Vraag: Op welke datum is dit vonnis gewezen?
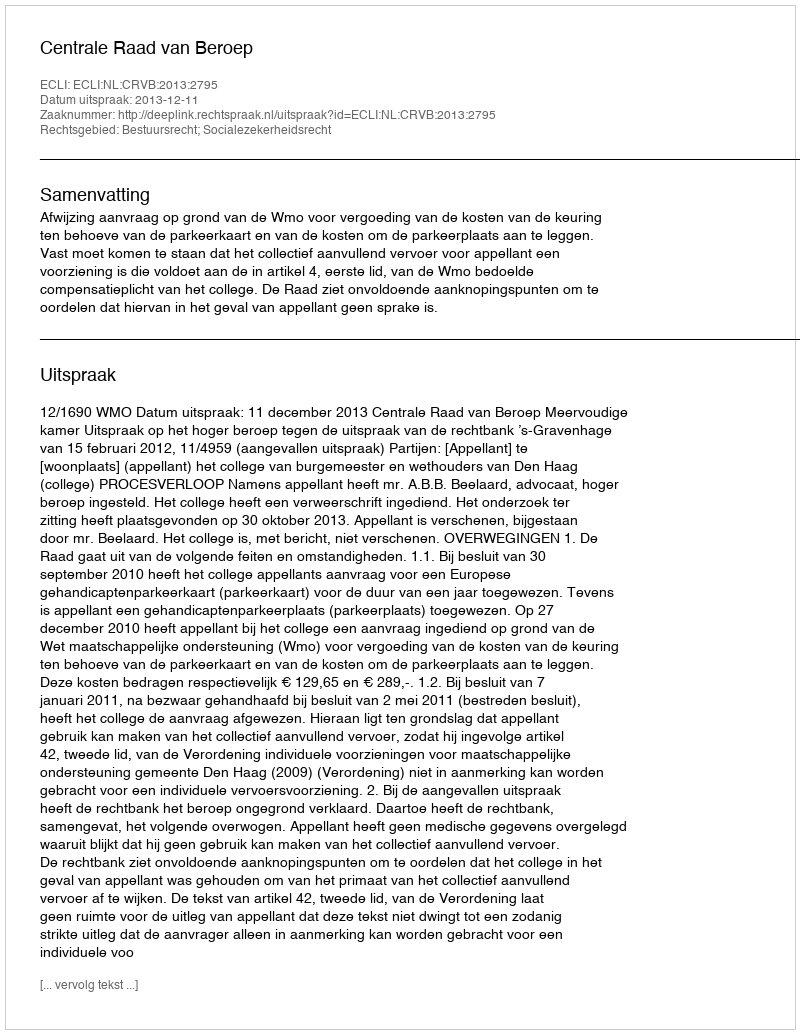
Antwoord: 2013-12-11